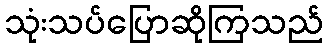
သုံးသပ်ပြောဆိုကြသည်